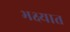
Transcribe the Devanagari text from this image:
भक्ष्यात